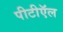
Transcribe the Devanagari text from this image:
पीटीऍल